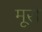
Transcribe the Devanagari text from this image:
मूरा